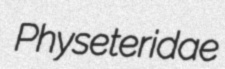
Physeteridae